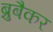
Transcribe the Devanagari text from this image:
ब्रुबैकर